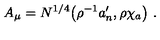
A _ { \mu } = N ^ { 1 / 4 } \big ( \rho ^ { - 1 } a _ { n } ^ { \prime } , \rho \chi _ { a } \big ) \ .